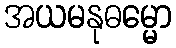
အယမနုဓမ္မော